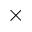
\times